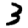
Digit: 3